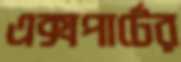
এক্সপার্টের